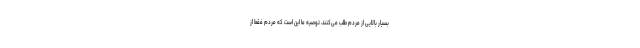
بسیار بالایی از مردم طلب می‌کنند، توصیه ما این است که مردم فقط از